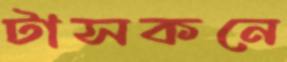
টাসকনে